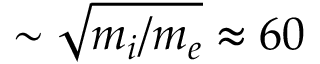
\sim \sqrt { m _ { i } / m _ { e } } \approx 6 0